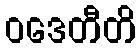
ဝဒေတီတိ